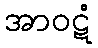
အာဝဋံ